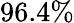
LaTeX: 96.4\%